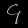
Digit: ၄